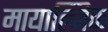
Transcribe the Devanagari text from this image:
मायाल्जिक